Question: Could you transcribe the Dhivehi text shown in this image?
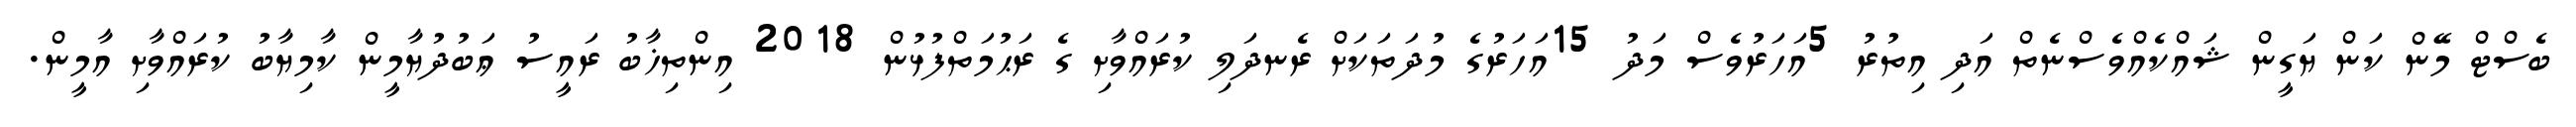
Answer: ބެސްޓް މޭން ކަން ޔަގީން ޝައްކެއްވެސްނެތް އަދި އިތުރު 5އަހަރުވެސް މަދު 15އަހަރުގެ މުދަތަކަށް ރެނދަލި ކުރައްވާށި ގެ ރަޙުމަތްފުޅުން 2018 އިންތިޚާބު ރައީސު ޢަބުދުޔާމީން ކާމިޔާބު ކުރައްވާށި އާމީން.